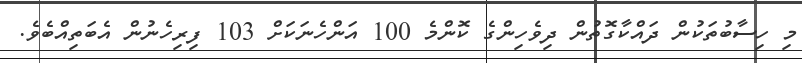
މި ހިސާބުތަކުން ދައްކާގޮތުން ދިވެހިންގެ ކޮންމެ 100 އަންހެނަކަށް 103 ފިރިހެނުން އެބަތިއްބެވެ.